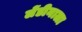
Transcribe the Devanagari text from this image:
लेंडीनाला